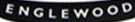
ENGLEWOOD